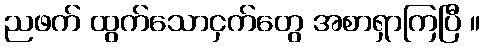
ညဖက် ထွက်သောငှက်တွေ အစာရှာကြပြီ ။